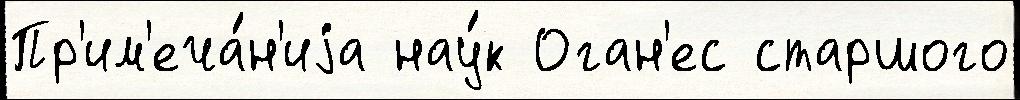
Пр'им'еча́н'иjа нау́к Оган'ес старшого